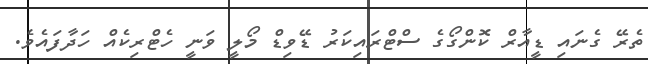
ތެރޭ ގެނައި ޑީއާރް ކޮންގޯގެ ސްޓްރައިކަރު ޑޭވިޑް މޯލީ ވަނީ ހެޓްރިކެއް ހަދާފައެވެ.